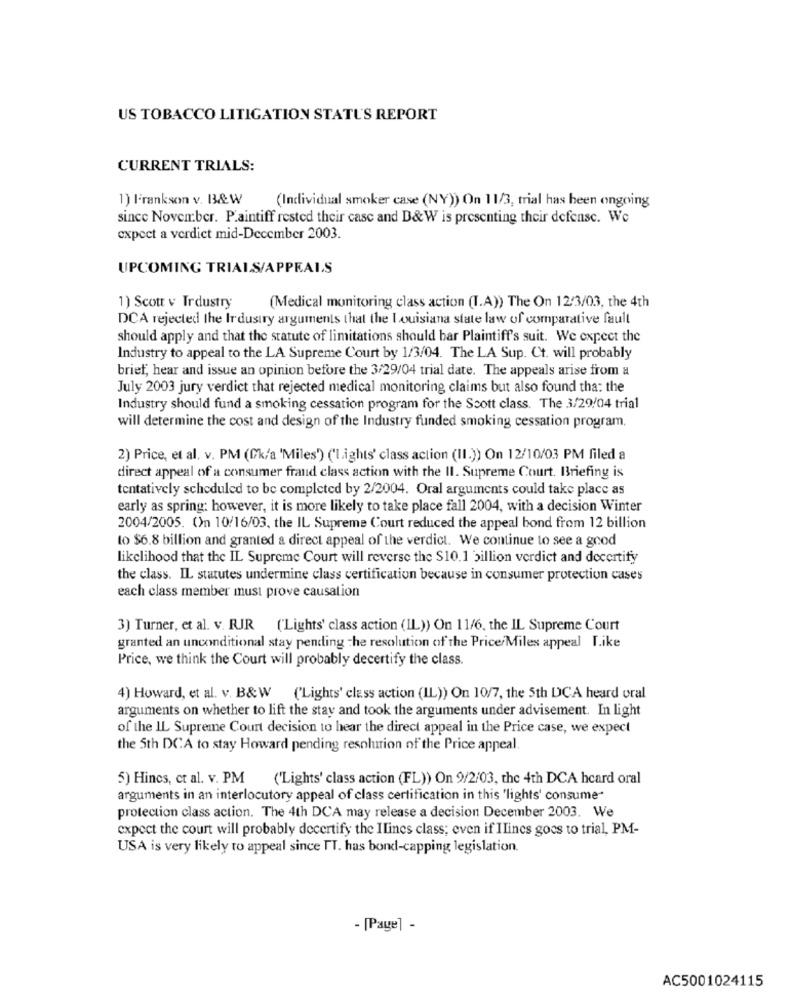
US TOBACCO LITIGATION STATU'S REPORT
CURRENT TRIALS:
1) l'rankson v. B&W
(Individual smoker case (NY)) On 11/3, trial has been ongoing
since November. P.aintiff rested their casc and B&W is presenting their defense. We
expect a verdict mid-December 2003.
UPCOMING TRIALS/APPEALS
1) Scott v Trdustry
(Medical monitoring class action (T.A)) The On 12/3/03, the 4th
DCA rejected the Industry arguments that the louisiana state law of comparative fault
should apply and that the statute of limitations should bar Plaintiff's suit. We expect the
Industry to appeal to the LA Supreme Court by 1/3/04. The LA Sup. Ct. will probably
brief, hear and issue an opinion before the 3/29/04 trial date. The appeals arise from a
July 2003 jury verdict that rejected medical monitoring claims but also found tha: the
Industry should fund a smoking cessation program for the Scott class. The 3/29/04 trial
will determine the cost and design of the Industry funded smoking cessation program.
2) Price, et al. v. PM (Ck/a 'Miles') ('Lights' class action (II.)) On 12/10/03 PM filed a
direct appeal of a consumer frand class action with the II. Supreme Court. Briefing is
tentatively scheduled to be completed by 2/2004. Oral arguments could take place as
early as spring: however, it is more likely to take place fall 2004, with a decision Winter
2004/2005. On 10/16/03, the IL Supreme Court reduced the appeal bond from 12 billion
to $6.8 billion and granted a direct appeal of the verdict. We continue to see a good
likelihood that the IL Supreme Court will reverse the $10.1 billion verdict and docertify
the class. IL statutes undermine class certification because in consumer protection cases
each class member must prove causation
3) Turner, et al. v. RJR ('Lights' class action (IL)) On 11/6, the IL Supreme Court
granted an unconditional stay pending the resolution of the Price/Miles appeal Like
Price, we think the Court will probably decertify the class.
4) Howard, et al. v. B&W ('Lights' class action (IL)) On 10/7, the 5th DCA heard oral
arguments on whether to lift the stay and took the arguments under advisement. In light
of the IL Supreme Court decision to hear the direct appeal in the Price case, we expect
the 5th DCA to stay Howard pending resolution of the Price appeal.
5) Hines, et al. v. PM
('Lights' class action (FL)) On 9/2/03, the 4th DCA hcard oral
arguments in an interlocutory appeal of class certification in this 'lights' consume-
protection class action. The 4th DCA may release a decision December 2003. We
expect the court will probably decertify the Ilines class; even if Ilines goes to trial, PM-
USA is very likely to appeal since TT. has bond-capping legislation.
- [Page] -
AC5001024115